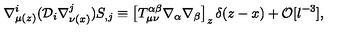
\nabla _ { \mu ( z ) } ^ { i } ( { \cal D } _ { i } \nabla _ { \nu ( x ) } ^ { j } ) S _ { , j } \equiv \left[ T _ { \mu \nu } ^ { \alpha \beta } \nabla _ { \alpha } \nabla _ { \beta } \right] _ { z } \delta ( z - x ) + { \cal O } [ l ^ { - 3 } ] ,